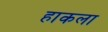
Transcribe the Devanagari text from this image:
हाकला